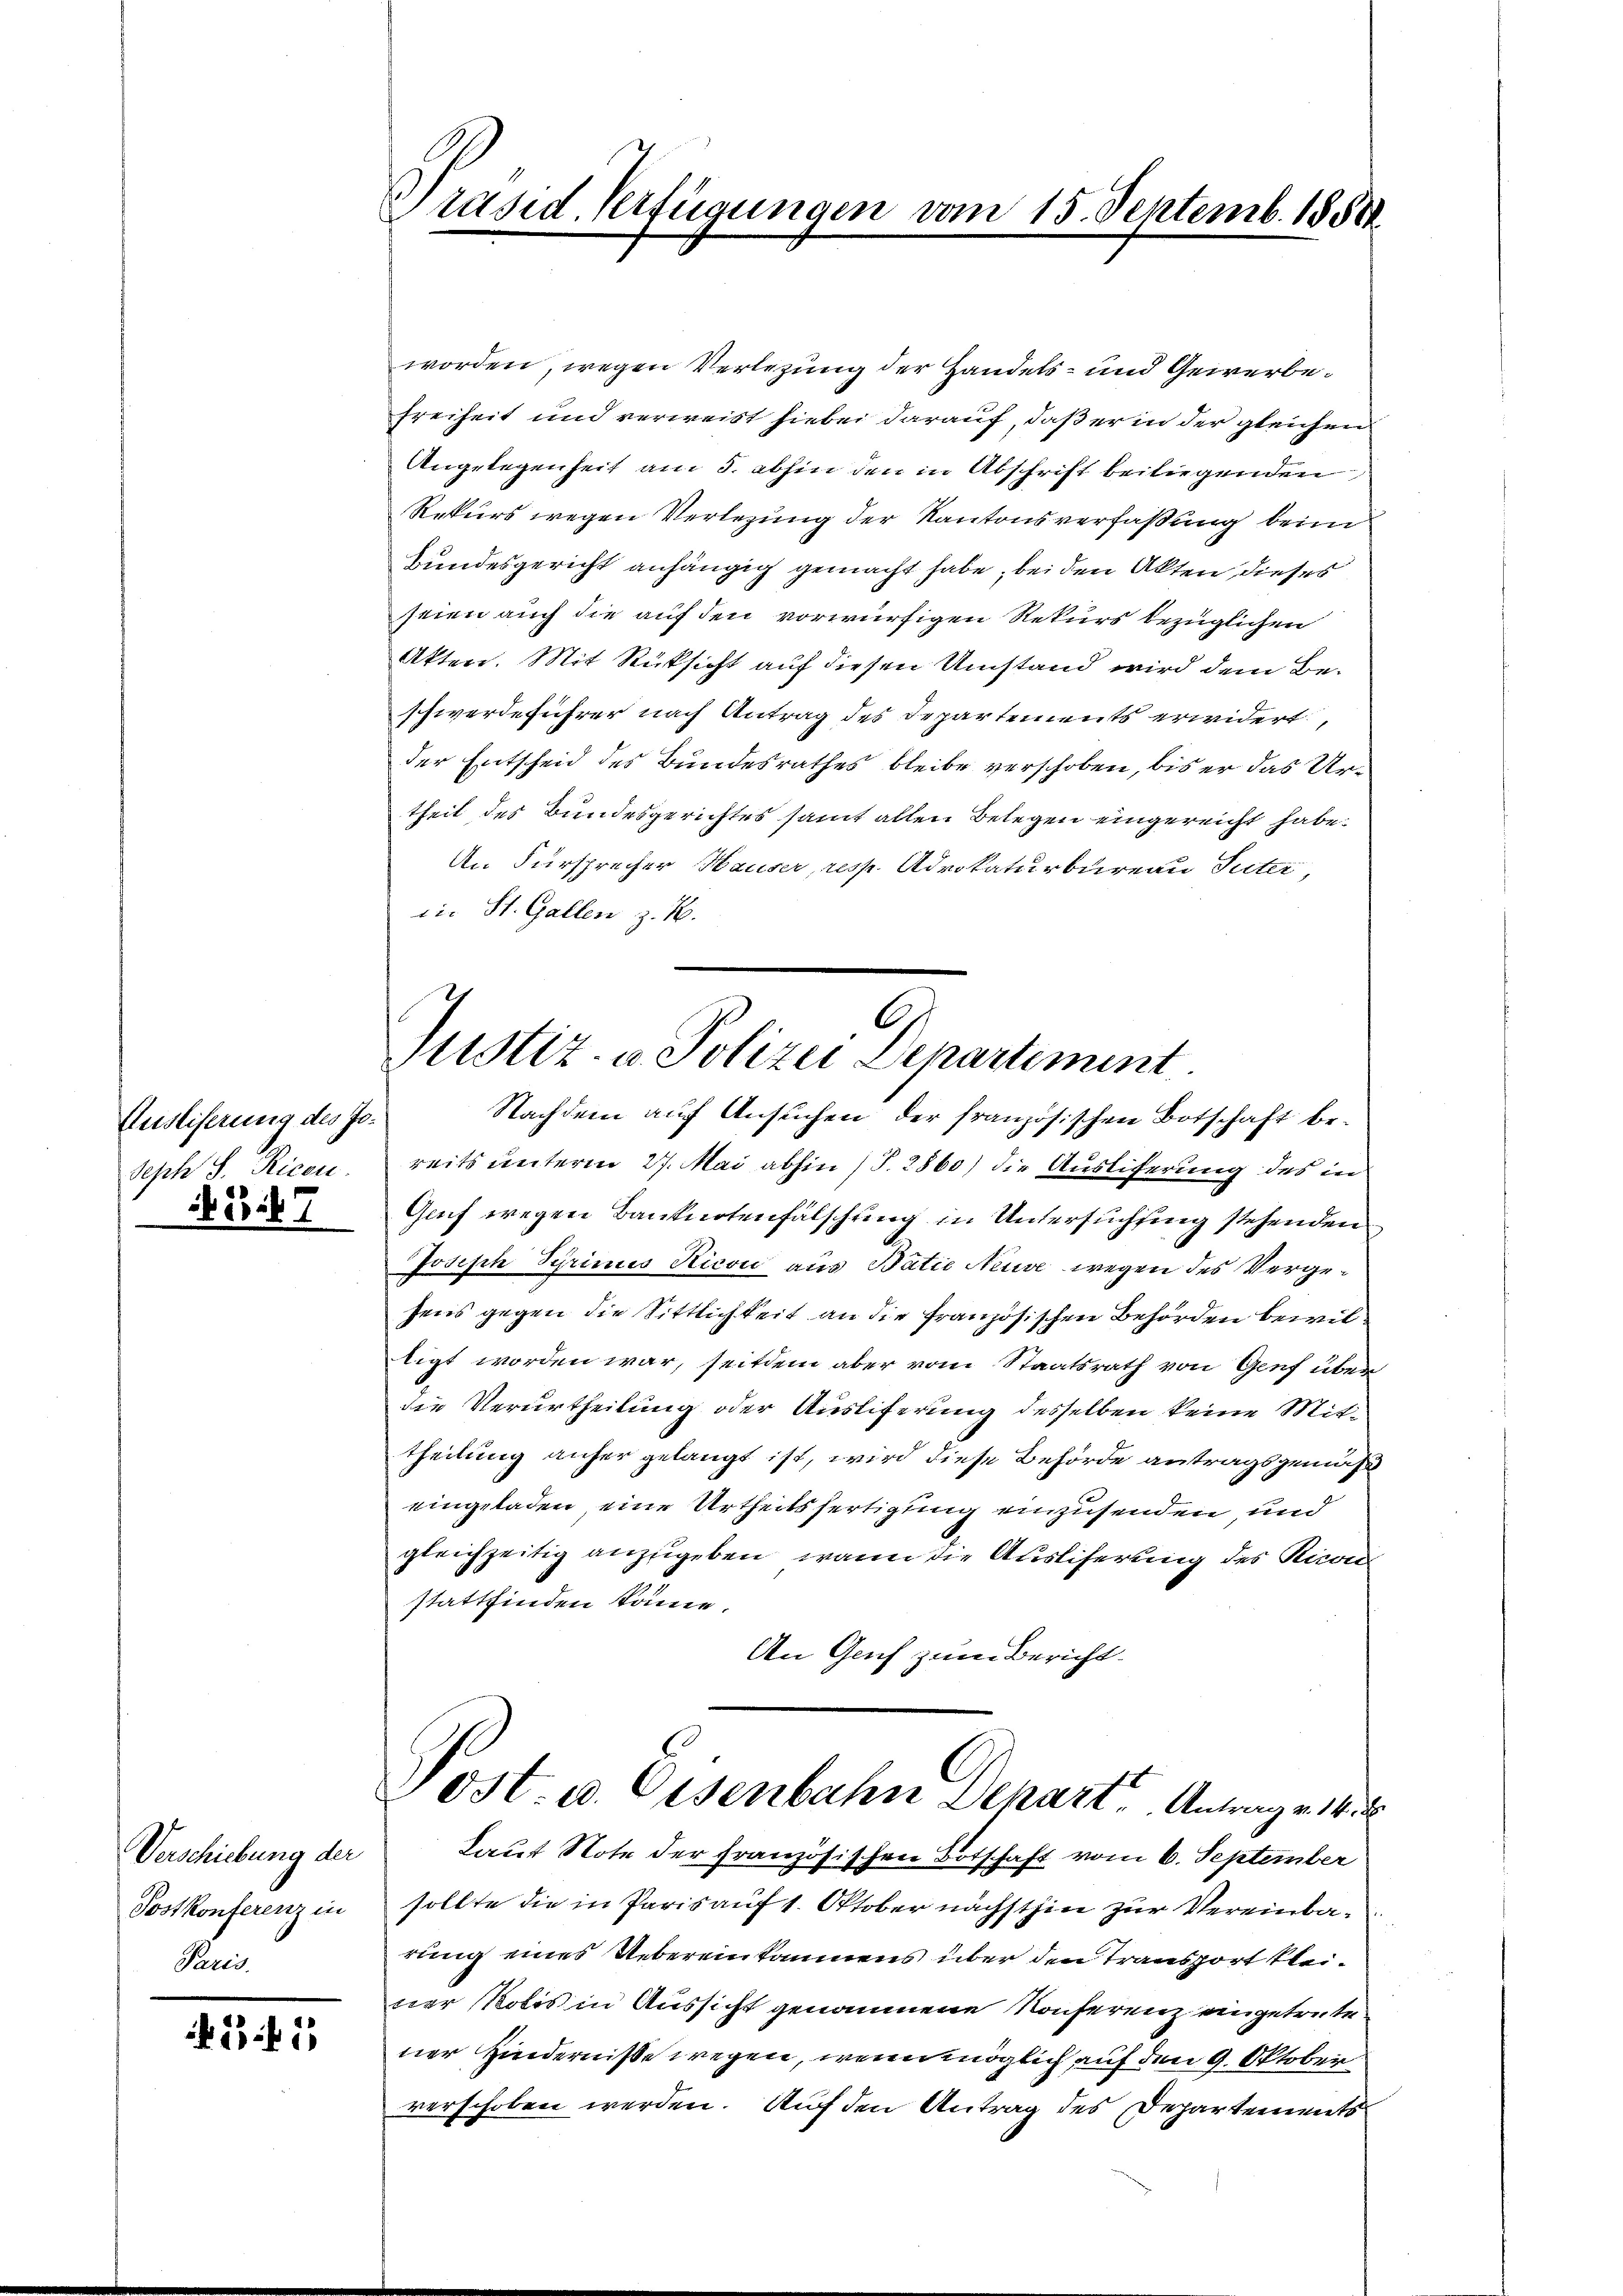
Auslieferung des Jo¬
Seph S. Ricen.
42. 47

Verschiebung der
Postkonferenz in
Paris.

13.1

Präsid. Verfügungen vom 15. Septemb. 1858

A
Justiz- u. Polizei Departement.

worden, wegen Verlegung der Handels- und Gewerbe¬
Freiheit und verweist hiebei darauf, daß er in der gleichen
Angelegenheit am 5. abhin den in Abschrift beiliegenden
Rekurs wegen Verlegung der Kantonsverfaßung beim
Bundesgericht anhängig gemacht habe, bei den Akten, dieses
seien auch die auf den vorwürfigen Rekurs bezüglichen
Akten. Mit Rücksicht auf diesen Umstand wird dem Beschwerdeführer nach Antrag des Departements erwidert,
der Entscheid des Bundesrathes bleibe verschoben, bis er das Urtheil des Bundesgerichtes samt allen Belegen eingereicht habe.
An Fürsprecher Hauser, resp. Advokaturbureau Suter,
iie St. Gallen z. B.
Nachdem auf Ansuchen der französischen Botschaft be-
reits unterm 27. Mai abhin (T. 2860) die Ausliferung des in
Guf wegen Banknotenfälschung in Untersuchung stehenden
Joseph Syrimis Ricon aus Batie Neuve wegen des Vergesens gegen die Sittlichkeit an die französischen Behörden bewilligt worden war, seitdem aber vom Staatsrath von Genf über
die Verurtheilung oder Auslieferung desselben keine Mittheilung anher gelangt ist, wird diese Behörde antragsgemäß
eingeladen eine Urtheilsfertigung einzusenden und
gleichzeitig anzugeben, wann die Ausliserung des Kron
stattfinden könne.
An Genf zum Bericht
Ost. u. Eisenbahn Depart, Antrag v. 14. d
Laut Note der französischen Botschaft vom 6. September
sollte die in Paris auf 1. Oktober nächsthin zur Vereinbarung eines Uebereinkommens über den Transport kleiner Robis in Aussicht genommene Konferenz eingetrete
ner Hindernisse wegen, wenn möglich auf den 9. Oktober
verschoben werden. Auf den Antrag des Departements